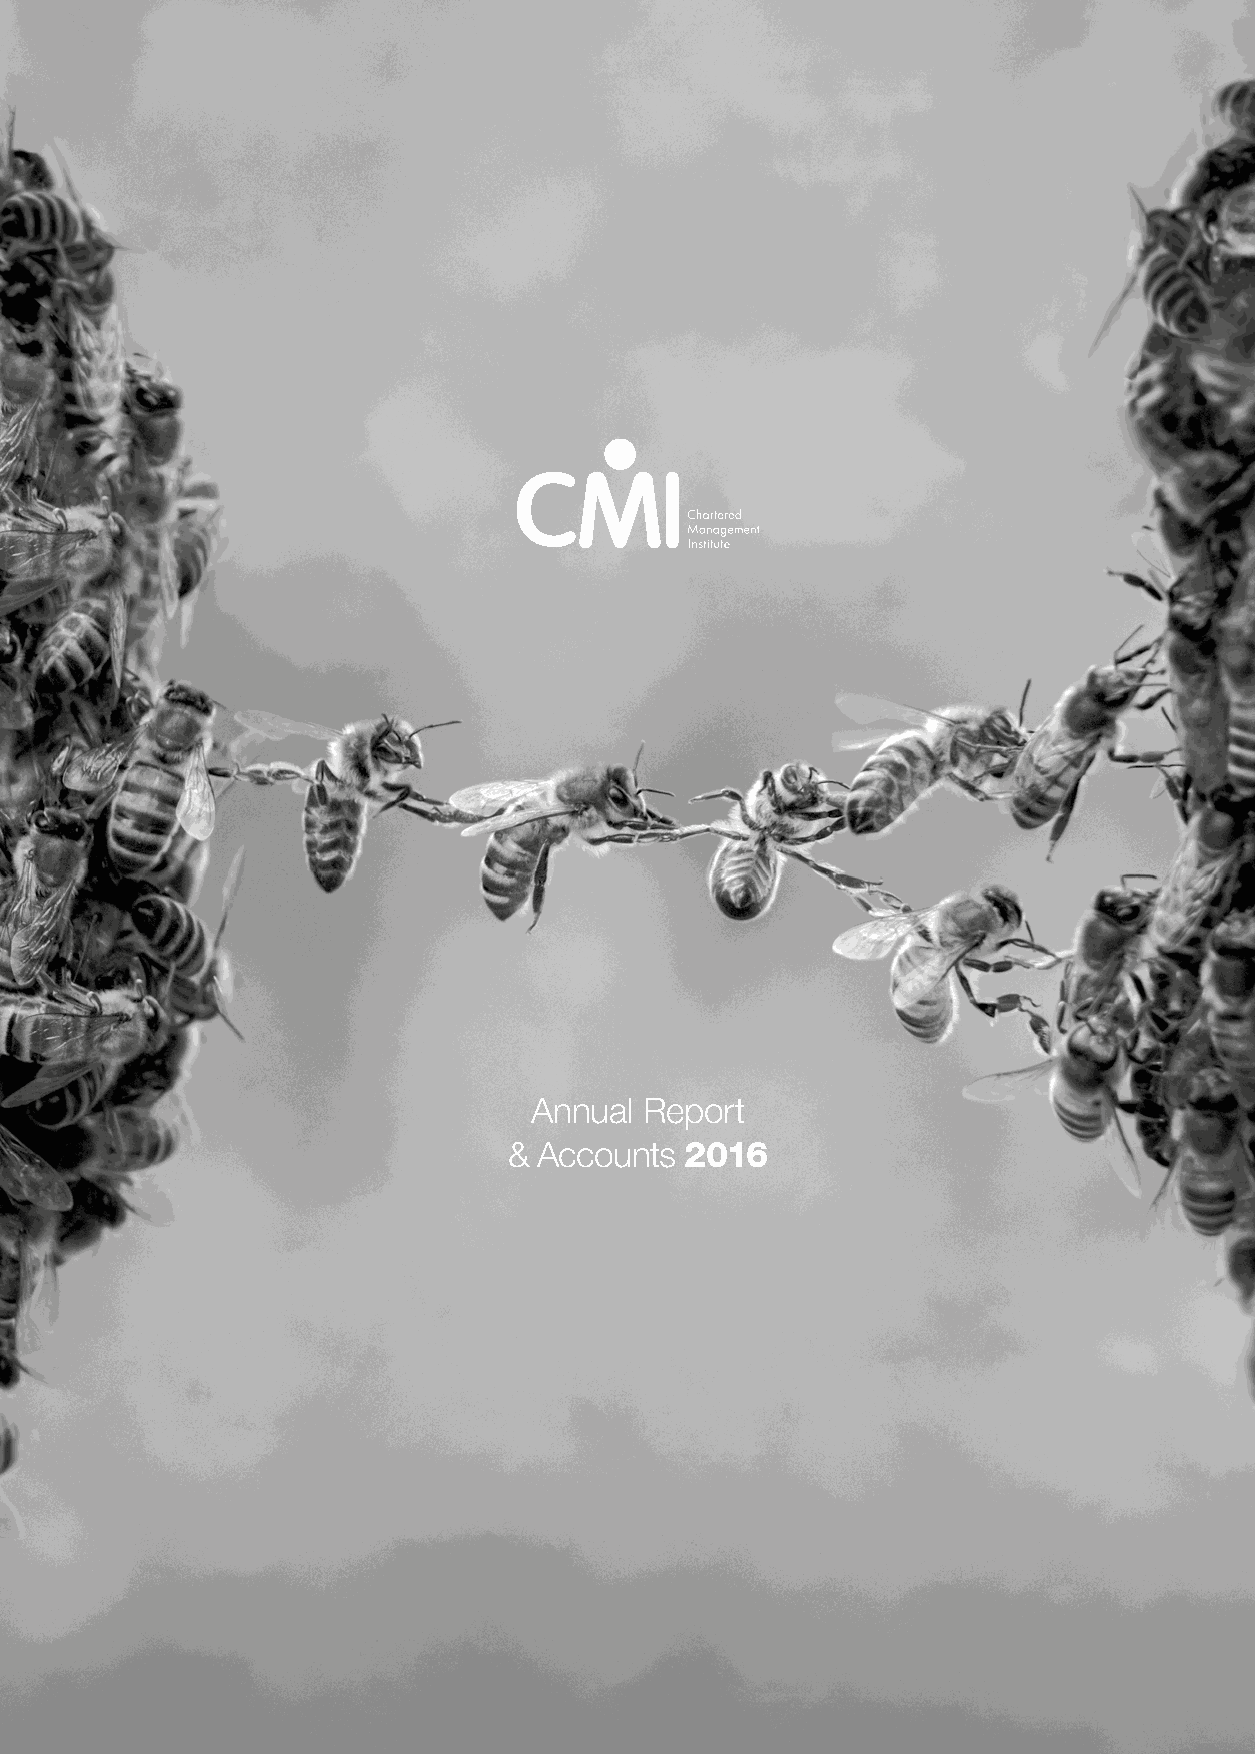
CMI
 3rd Floor, 77 Kingsway,
 London, WC2B 6SR
 www.managers.org.uk
 Incorporated by Royal Charter
 Annual Report
 Registered charity number 1091035
 Charity registered in Scotland No SCO38105                                                                       & Accounts 2016
 ISBN 0-85946-449-0
 ©Chartered Management Institute